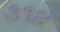
૩૧૪